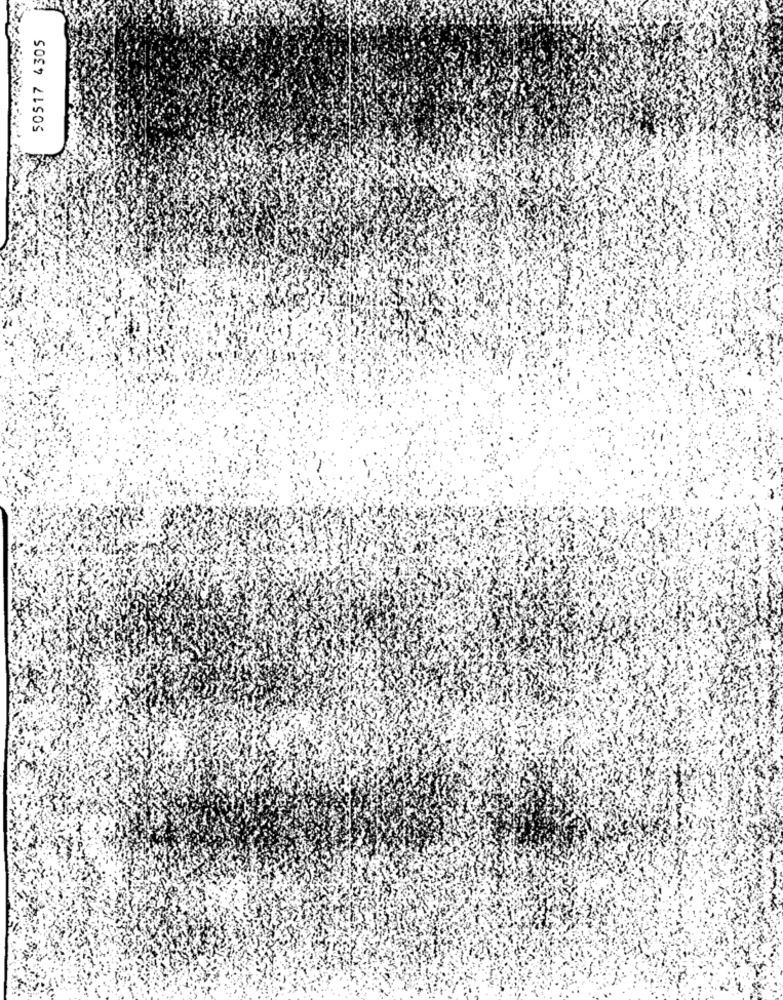
50517 4305